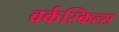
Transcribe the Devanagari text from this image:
वर्कस्किल्स